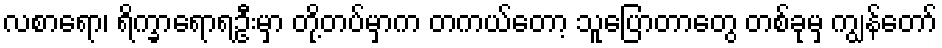
လစာရော၊ ရိက္ခာရောရဦးမှာ တို့တပ်မှာက တကယ်တော့ သူပြောတာတွေ တစ်ခုမှ ကျွန်တော်